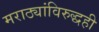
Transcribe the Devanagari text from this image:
मराठ्यांविरुद्धही